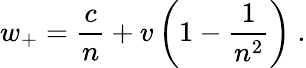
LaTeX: w_{+}={\frac{c}{n}}+v\left(1-{\frac{1}{n^{2}}}\right)\ .